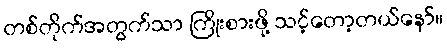
တစ်တိုက်အတွက်သာ ကြိုးစားဖို့ သင့်တော့တယ်နော်။